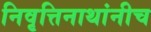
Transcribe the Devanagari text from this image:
निवृत्तिनाथांनीच